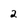
Character: 2